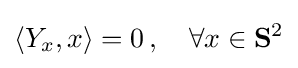
\langle Y_{x},x\rangle =0\,,\quad \forall x\in \mathbf {S} ^{2}